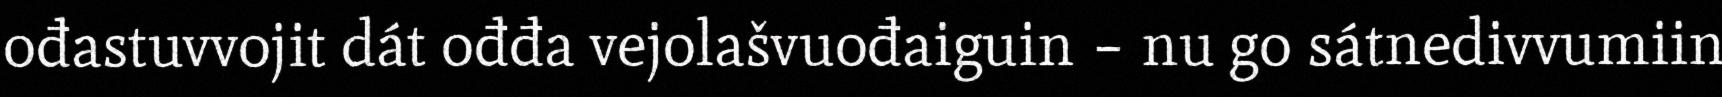
ođastuvvojit dát ođđa vejolašvuođaiguin – nu go sátnedivvumiin